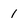
Character: 1